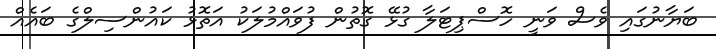
ބަޔާނުގައި ވެސް ވަނީ ހޮސްޕިޓަލާ ގުޅޭ ގޮތުން ފުވައްމުލަކު އަތޮޅު ކައުންސިލްގެ ބައެއް